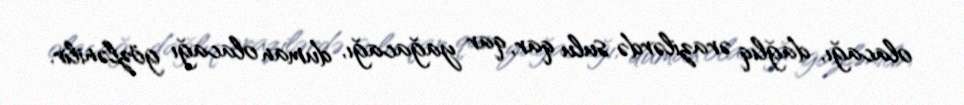
olacağı, dağlıq ərazilərdə sulu qar, qar yağacağı, duman olacağı gözlənilir.